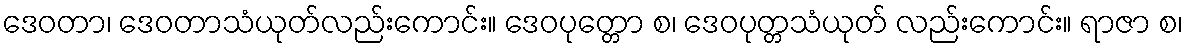
ဒေဝတာ၊ ဒေဝတာသံယုတ်လည်းကောင်း။ ဒေဝပုတ္တော စ၊ ဒေဝပုတ္တသံယုတ် လည်းကောင်း။ ရာဇာ စ၊